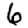
Digit: 6